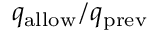
q _ { \mathrm { a l l o w } } / q _ { \mathrm { p r e v } }